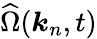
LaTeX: \widehat{\Omega}(\boldsymbol{k}_{n},t)